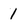
Character: 1